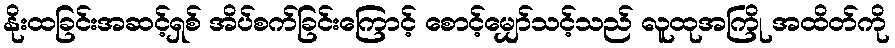
နိုးထခြင်းအဆင့်ရှစ် အိပ်စက်ခြင်းကြောင့် စောင့်မျှော်သင့်သည် လူထုအကြို အထိတ်ကို